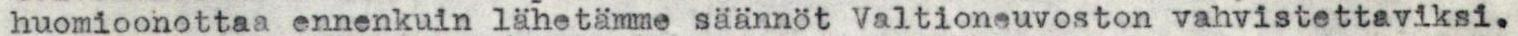
huomioonottaa ennenkuin lähetämme säännöt Valtioneuvoston vahvistettaviksi.